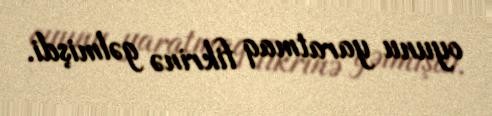
oyunu yaratmaq fikrinə gəlmişdi.